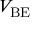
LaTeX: V _ { \mathrm { B E } }